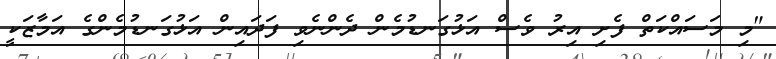
"މި މަސައްކަތް ފެށި އިރު ވެސް އަޅުގަނޑުމެން ދެންނެވި ފަދައިން އަޅުގަނޑުމެންގެ އަމާޒަކީ